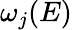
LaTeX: \omega_{j}(E)